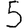
Digit: 5